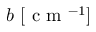
b \ [ \mathrm { ~ c ~ m ~ } ^ { - 1 } ]